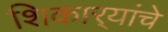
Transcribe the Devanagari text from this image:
शिकार्‍यांचे